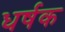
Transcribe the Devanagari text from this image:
धर्षक